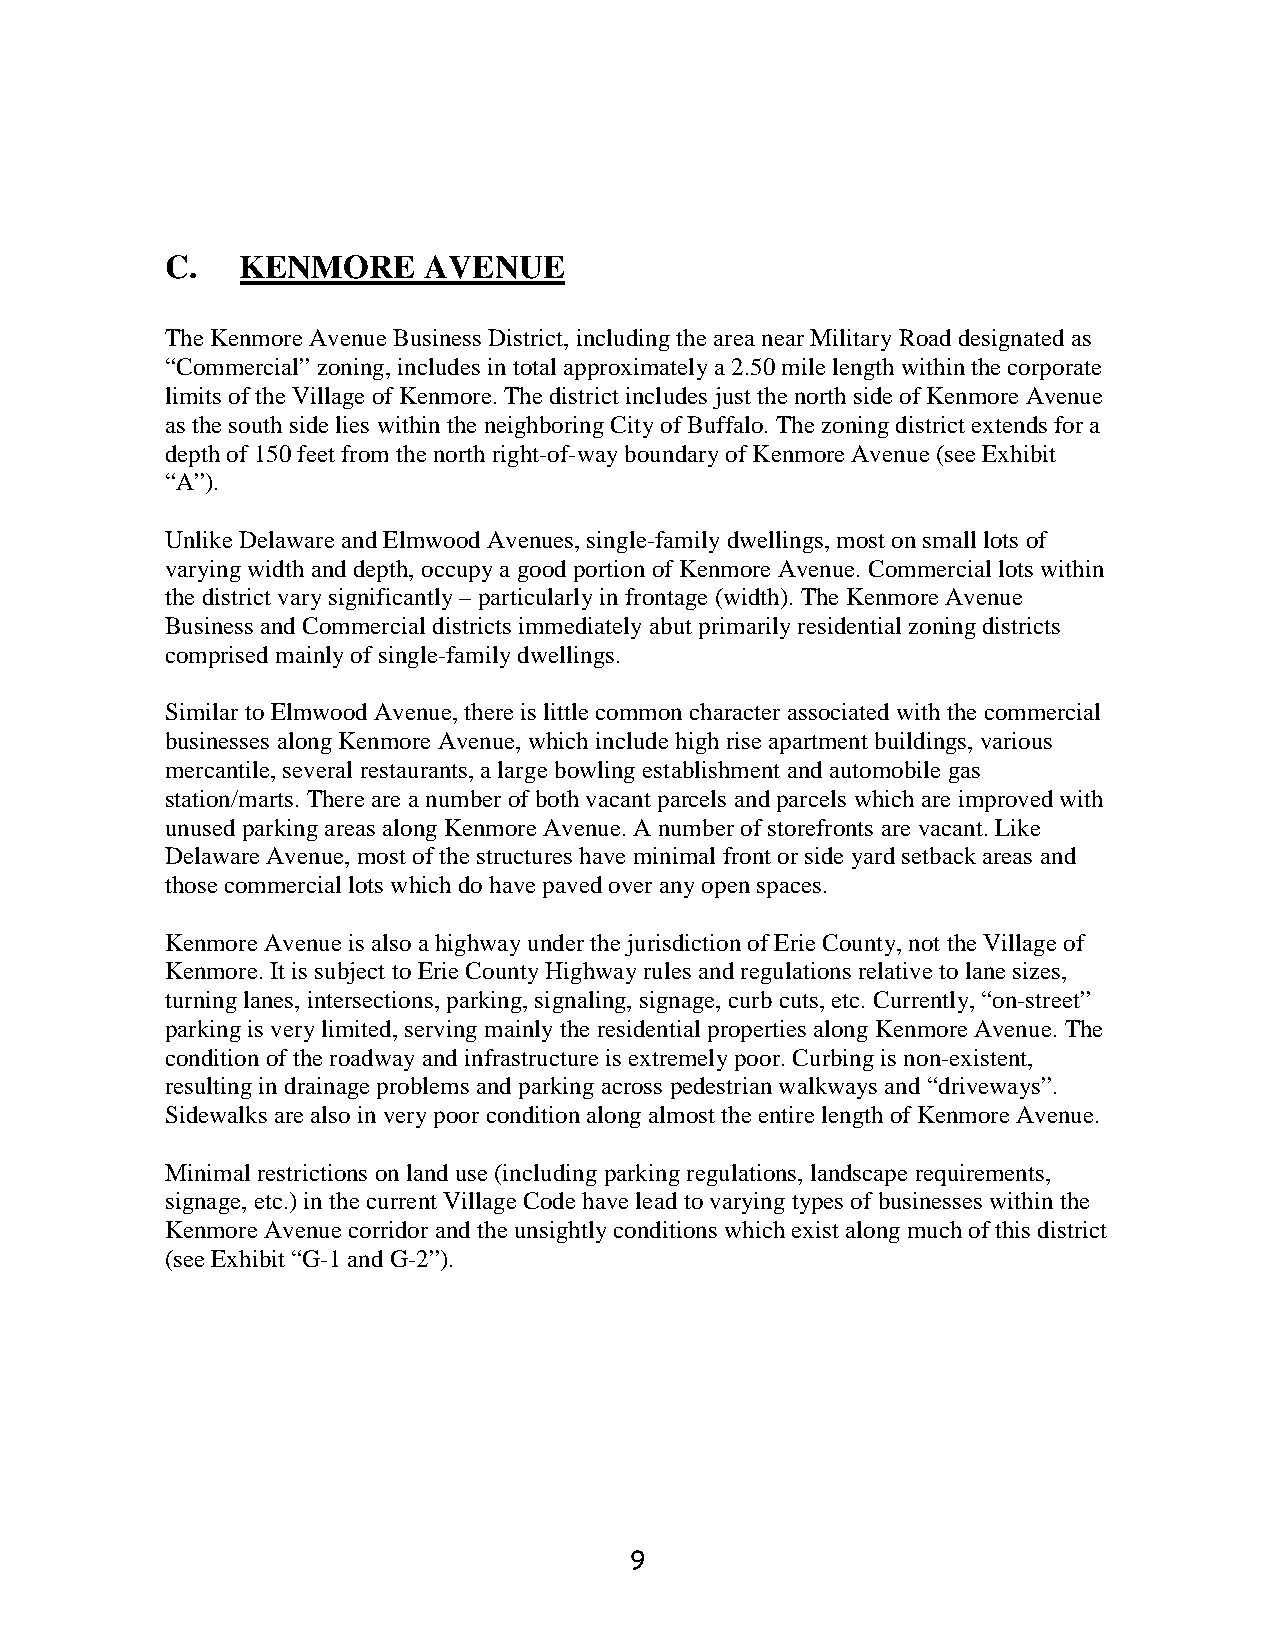
C.   KENMORE     AVENUE
 The Kenmore Avenue Business District, including the area near Military Road designated as
 “Commercial” zoning, includes in total approximately a 2.50 mile length within the corporate
 limits of the Village of Kenmore. The district includes just the north side of Kenmore Avenue
 as the south side lies within the neighboring City of Buffalo. The zoning district extends for a
 depth of 150 feet from the north right-of-way boundary of Kenmore Avenue (see Exhibit
 “A”).
 Unlike Delaware and Elmwood Avenues, single-family dwellings, most on small lots of
 varying width and depth, occupy a good portion of Kenmore Avenue. Commercial lots within
 the district vary significantly – particularly in frontage (width). The Kenmore Avenue
 Business and Commercial districts immediately abut primarily residential zoning districts
 comprised mainly of single-family dwellings.
 Similar to Elmwood Avenue, there is little common character associated with the commercial
 businesses along Kenmore Avenue, which include high rise apartment buildings, various
 mercantile, several restaurants, a large bowling establishment and automobile gas
 station/marts. There are a number of both vacant parcels and parcels which are improved with
 unused parking areas along Kenmore Avenue. A number of storefronts are vacant. Like
 Delaware Avenue, most of the structures have minimal front or side yard setback areas and
 those commercial lots which do have paved over any open spaces.
 Kenmore Avenue is also a highway under the jurisdiction of Erie County, not the Village of
 Kenmore. It is subject to Erie County Highway rules and regulations relative to lane sizes,
 turning lanes, intersections, parking, signaling, signage, curb cuts, etc. Currently, “on-street”
 parking is very limited, serving mainly the residential properties along Kenmore Avenue. The
 condition of the roadway and infrastructure is extremely poor. Curbing is non-existent,
 resulting in drainage problems and parking across pedestrian walkways and “driveways”.
 Sidewalks are also in very poor condition along almost the entire length of Kenmore Avenue.
 Minimal restrictions on land use (including parking regulations, landscape requirements,
 signage, etc.) in the current Village Code have lead to varying types of businesses within the
 Kenmore Avenue corridor and the unsightly conditions which exist along much of this district
 (see Exhibit “G-1 and G-2”).
 9